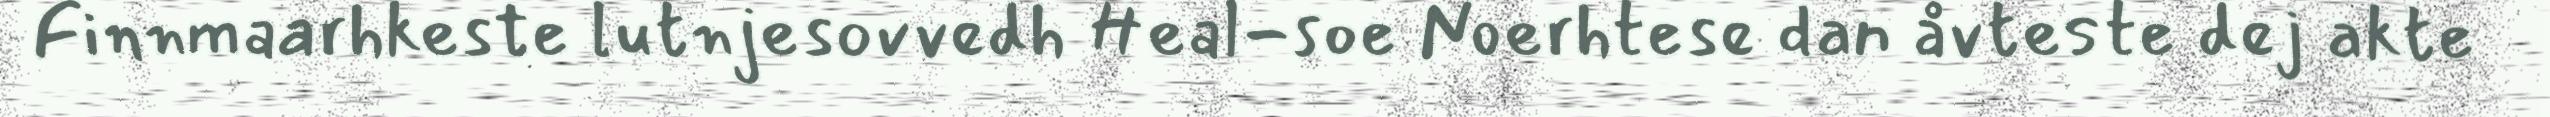
Finnmaarhkeste lutnjesovvedh Heal-soe Noerhtese dan åvteste dej akte